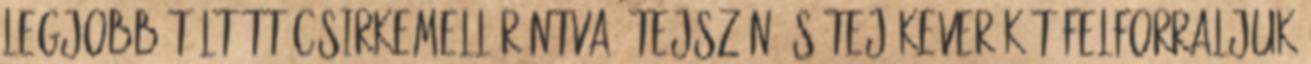
legjobb töltött csirkemell rántva. Tejszín és tej keverékét felforraljuk